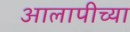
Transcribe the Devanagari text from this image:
आलापीच्या